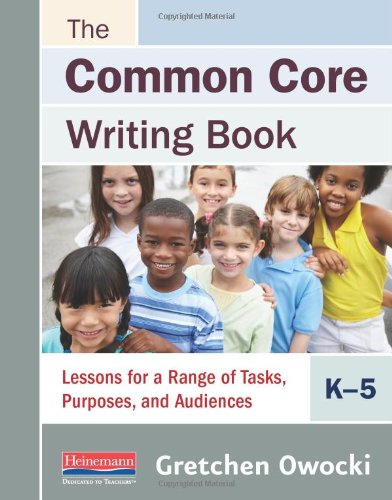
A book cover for The Common Core Writing Book, K-5: Lessons for a Range of Tasks, Purposes, and Audiences; Gretchen Owocki; Education & Teaching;